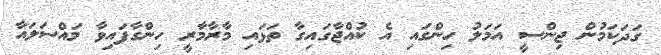
ގަދަކަމުން ޖިންސީ އަމަލު ހިންގައި އެ ކުއްޖާގައިގާ ތަޅައި މާރާމާރީ ހިންގާފައިވާ މައްސަލައާ